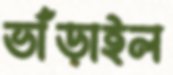
ভাঁড়াইল